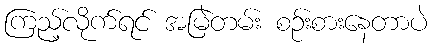
ကြည့်လိုက်ရင် အမြဲတမ်း စဉ်းစားနေတာပဲ